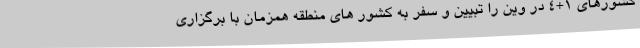
کشورهای ١+۴ در وین را تبیین و سفر به کشور های منطقه همزمان با برگزاری